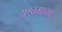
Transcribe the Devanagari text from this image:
अश्वमानव